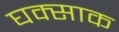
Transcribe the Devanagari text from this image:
घक्साक